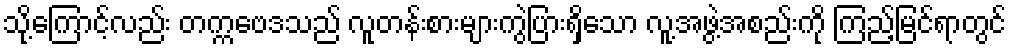
သို့ကြောင့်လည်း တက္ကဗေဒသည် လူတန်းစားများကွဲပြားရှိသော လူ့အဖွဲ့အစည်းကို ကြည့်မြင်ရာတွင်